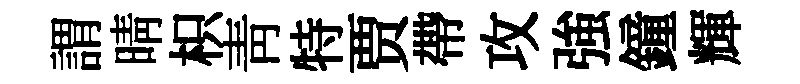
謂晴枳青特贾帶攻強鐘輝